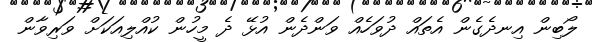
ލޯބިން އިނދެގެން އެތައް ދުވަހެއް ވަންދެން އުޅޭ ދެ މީހުން ކުއްލިއަކަށް ވަރިވާން